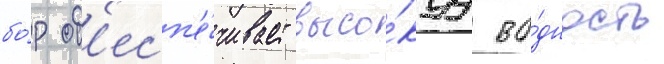
бо́р об'есп'е́чивает высо́куу во́дность